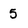
Character: 5